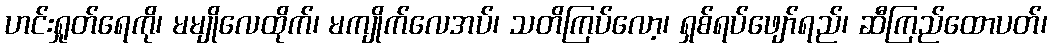
ဟင်းရှုတ်ရေကို၊ မမျိုလေထိုက်၊ မကျိုက်လေအပ်၊ သတိကြပ်လော့၊ ရှစ်ရပ်ဖျော်ရည်၊ ဆီကြည်ထောပတ်၊